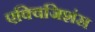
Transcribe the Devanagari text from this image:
एक्विजिशंस